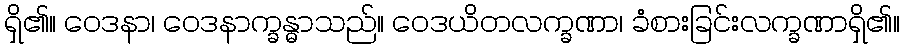
ရှိ၏။ ဝေဒနာ၊ ဝေဒနာက္ခန္ဓာသည်။ ဝေဒယိတလက္ခဏာ၊ ခံစားခြင်းလက္ခဏာရှိ၏။